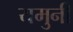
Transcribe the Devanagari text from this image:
यमुनी